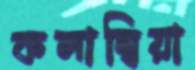
কলাম্বিয়া